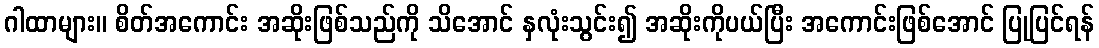
ဂါထာများ။ စိတ်အကောင်း အဆိုးဖြစ်သည်ကို သိအောင် နှလုံးသွင်း၍ အဆိုးကိုပယ်ပြီး အကောင်းဖြစ်အောင် ပြုပြင်ရန်